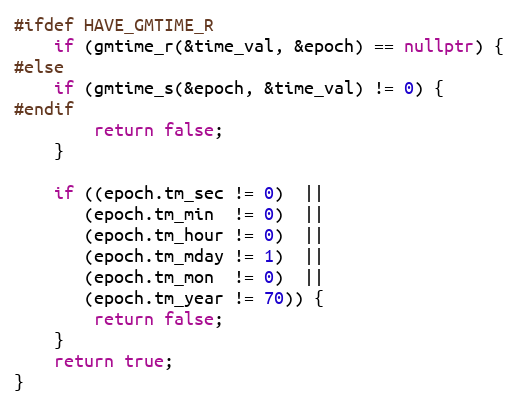
Language: C++
#ifdef HAVE_GMTIME_R
    if (gmtime_r(&time_val, &epoch) == nullptr) {
#else
    if (gmtime_s(&epoch, &time_val) != 0) {
#endif
        return false;
    }

    if ((epoch.tm_sec != 0)  ||
       (epoch.tm_min  != 0)  ||
       (epoch.tm_hour != 0)  ||
       (epoch.tm_mday != 1)  ||
       (epoch.tm_mon  != 0)  ||
       (epoch.tm_year != 70)) {
        return false;
    }
    return true;
}